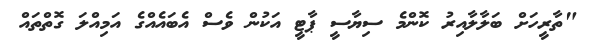
"ތާރީހަށް ބަލާލާއިރު ކޮންމެ ސިޔާސީ ޕާޓީ އަކުން ވެސް އެބައެއްގެ އަމިއްލަ ގޮތްތައް